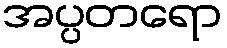
အပ္ပတရော